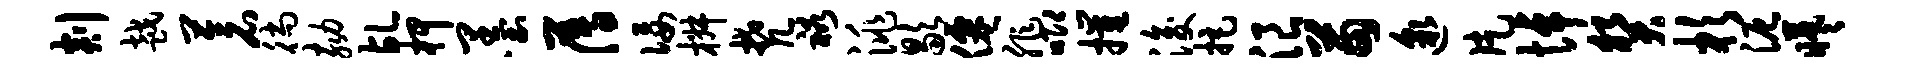
剡越苍徜劾乩柙墨薄佞椒梵裕洮歇仙非唧摧浚拒浪苗邈片悼癸杉泥曦